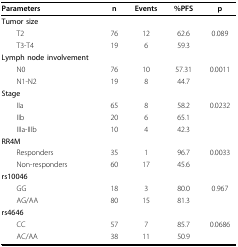
<table><thead><tr><td><b>Parameters</b></td><td><b>n</b></td><td><b>Events</b></td><td><b>%PFS</b></td><td><b>p</b></td></tr></thead><tbody><tr><td><b>Tumor size</b></td><td></td><td></td><td></td><td></td></tr><tr><td> T2</td><td>76</td><td>12</td><td>62.6</td><td>0.089</td></tr><tr><td> T3-T4</td><td>19</td><td>6</td><td>59.3</td><td></td></tr><tr><td><b>Lymph node involvement</b></td><td></td><td></td><td></td><td></td></tr><tr><td> N0</td><td>76</td><td>10</td><td>57.31</td><td>0.0011</td></tr><tr><td> N1-N2</td><td>19</td><td>8</td><td>44.7</td><td></td></tr><tr><td><b>Stage</b></td><td></td><td></td><td></td><td></td></tr><tr><td> IIa</td><td>65</td><td>8</td><td>58.2</td><td>0.0232</td></tr><tr><td> IIb</td><td>20</td><td>6</td><td>65.1</td><td></td></tr><tr><td> IIIa-IIIb</td><td>10</td><td>4</td><td>42.3</td><td></td></tr><tr><td><b>RR4M</b></td><td></td><td></td><td></td><td></td></tr><tr><td> Responders</td><td>35</td><td>1</td><td>96.7</td><td>0.0033</td></tr><tr><td> Non-responders</td><td>60</td><td>17</td><td>45.6</td><td></td></tr><tr><td><b>rs10046</b></td><td></td><td></td><td></td><td></td></tr><tr><td> GG</td><td>18</td><td>3</td><td>80.0</td><td>0.967</td></tr><tr><td> AG/AA</td><td>80</td><td>15</td><td>81.3</td><td></td></tr><tr><td><b>rs4646</b></td><td></td><td></td><td></td><td></td></tr><tr><td> CC</td><td>57</td><td>7</td><td>85.7</td><td>0.0686</td></tr><tr><td> AC/AA</td><td>38</td><td>11</td><td>50.9</td><td></td></tr></tbody></table>